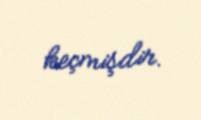
keçmişdir.